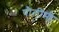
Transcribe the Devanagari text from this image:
पौलीमी